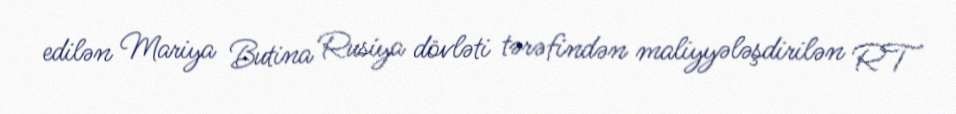
edilən Mariya Butina Rusiya dövləti tərəfindən maliyyələşdirilən RT